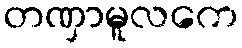
တဏှာမူလကေ